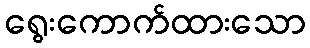
ရွေးကောက်ထားသော